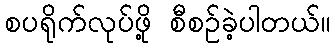
စပရိုက်လုပ်ဖို့ စီစဉ်ခဲ့ပါတယ်။